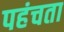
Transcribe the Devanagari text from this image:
पहंचता